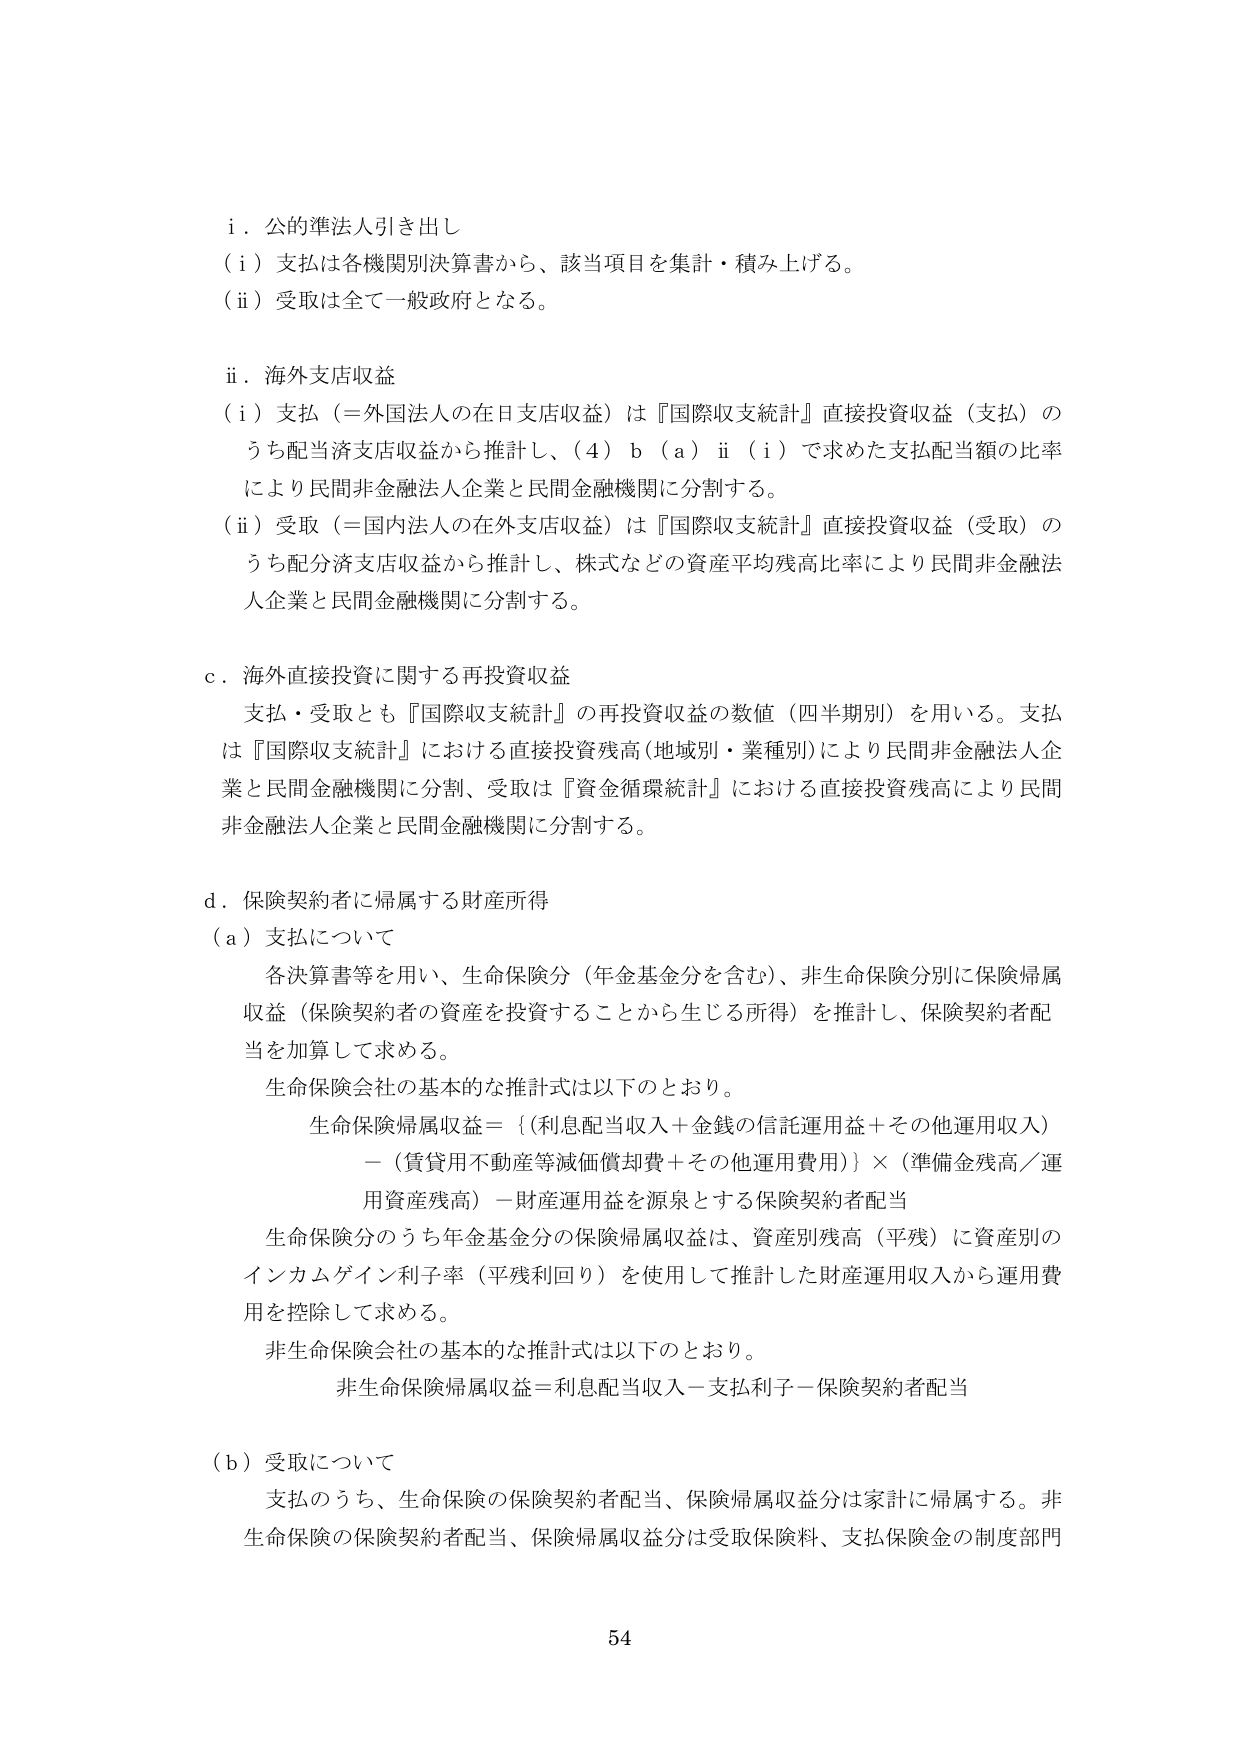
i．公的準法人引き出し
（i）支払は各機関別決算書から、該当項目を集計・積み上げる。
（ii）受取は全て一般政府となる。

ii．海外支店収益
（i）支払（＝外国法人の在日支店収益）は『国際収支統計』直接投資収益（支払）のうち配当済支店収益から推計し、（4）b（a）ii（i）で求めた支払配当額の比率により民間非金融法人企業と民間金融機関に分割する。
（ii）受取（＝国内法人の在外支店収益）は『国際収支統計』直接投資収益（受取）のうち配分済支店収益から推計し、株式などの資産平均残高比率により民間非金融法人企業と民間金融機関に分割する。

c．海外直接投資に関する再投資収益
支払・受取とも『国際収支統計』の再投資収益の数値（四半期別）を用いる。支払は『国際収支統計』における直接投資残高（地域別・業種別）により民間非金融法人企業と民間金融機関に分割、受取は『資金循環統計』における直接投資残高により民間非金融法人企業と民間金融機関に分割する。

d．保険契約者に帰属する財産所得
（a）支払について
各決算書等を用い、生命保険分（年金基金分を含む）、非生命保険分別に保険帰属収益（保険契約者の資産を投資することから生じる所得）を推計し、保険契約者配当を加算して求める。
生命保険会社の基本的な推計式は以下のとおり。
　生命保険帰属収益＝｛（利息配当収入＋金銭の信託運用益＋その他運用収入）－（賃貸用不動産等減価償却費＋その他運用費用）｝×（準備金残高／運用資産残高）－財産運用益を源泉とする保険契約者配当
生命保険分のうち年金基金分の保険帰属収益は、資産別残高（平残）に資産別のインカムゲイン利子率（平残回り）を使用して推計した財産運用収入から運用費用を控除して求める。
非生命保険会社の基本的な推計式は以下のとおり。
　非生命保険帰属収益＝利息配当収入－支払利子－保険契約者配当

（b）受取について
支払のうち、生命保険の保険契約者配当、保険帰属収益分は家計に帰属する。非生命保険の保険契約者配当、保険帰属収益分は受取保険料、支払保険金の制度部門

54